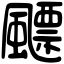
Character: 飃